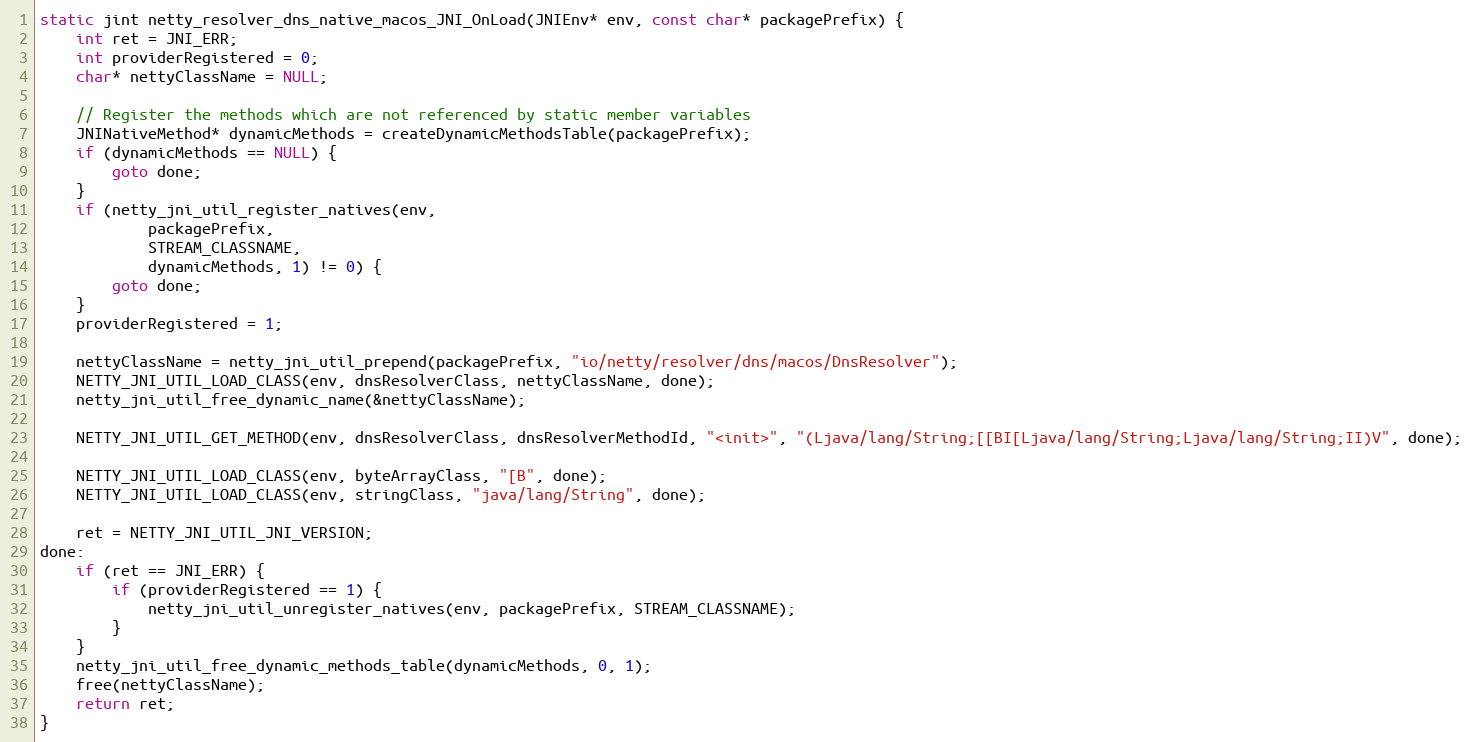
Language: C
static jint netty_resolver_dns_native_macos_JNI_OnLoad(JNIEnv* env, const char* packagePrefix) {
    int ret = JNI_ERR;
    int providerRegistered = 0;
    char* nettyClassName = NULL;

    // Register the methods which are not referenced by static member variables
    JNINativeMethod* dynamicMethods = createDynamicMethodsTable(packagePrefix);
    if (dynamicMethods == NULL) {
        goto done;
    }
    if (netty_jni_util_register_natives(env,
            packagePrefix,
            STREAM_CLASSNAME,
            dynamicMethods, 1) != 0) {
        goto done;
    }
    providerRegistered = 1;

    nettyClassName = netty_jni_util_prepend(packagePrefix, "io/netty/resolver/dns/macos/DnsResolver");
    NETTY_JNI_UTIL_LOAD_CLASS(env, dnsResolverClass, nettyClassName, done);
    netty_jni_util_free_dynamic_name(&nettyClassName);

    NETTY_JNI_UTIL_GET_METHOD(env, dnsResolverClass, dnsResolverMethodId, "<init>", "(Ljava/lang/String;[[BI[Ljava/lang/String;Ljava/lang/String;II)V", done);

    NETTY_JNI_UTIL_LOAD_CLASS(env, byteArrayClass, "[B", done);
    NETTY_JNI_UTIL_LOAD_CLASS(env, stringClass, "java/lang/String", done);

    ret = NETTY_JNI_UTIL_JNI_VERSION;
done:
    if (ret == JNI_ERR) {
        if (providerRegistered == 1) {
            netty_jni_util_unregister_natives(env, packagePrefix, STREAM_CLASSNAME);
        }
    }
    netty_jni_util_free_dynamic_methods_table(dynamicMethods, 0, 1);
    free(nettyClassName);
    return ret;
}